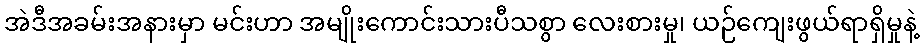
အဲဒီအခမ်းအနားမှာ မင်းဟာ အမျိုးကောင်းသားပီသစွာ လေးစားမှု၊ ယဉ်ကျေးဖွယ်ရာရှိမှုနဲ့